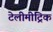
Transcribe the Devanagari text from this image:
टेलीमीट्रिक